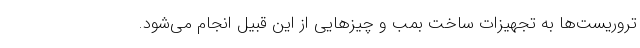
تروریست‌ها به تجهیزات ساخت بمب و چیزهایی از این قبیل انجام می‌شود.